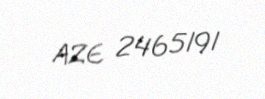
AZE 2465191